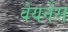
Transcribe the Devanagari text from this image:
वेयर्नेस